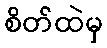
စိတ်ထဲမှ